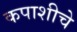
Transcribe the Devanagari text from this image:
कपाशीचे